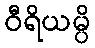
ဝီရိယမ္ပိ